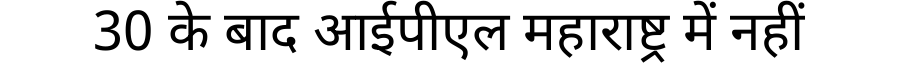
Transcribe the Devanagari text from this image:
30 के बाद आईपीएल महाराष्ट्र में नहीं